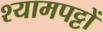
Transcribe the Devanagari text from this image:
श्यामपट्टों